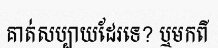
គាត់សប្បាយដែរទេ? ឬមកពី